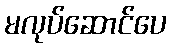
မလုပ်ဆောင်ပေ